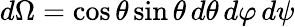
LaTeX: d\Omega=\cos\theta\sin\theta\, d\theta\, d\varphi\, d\psi